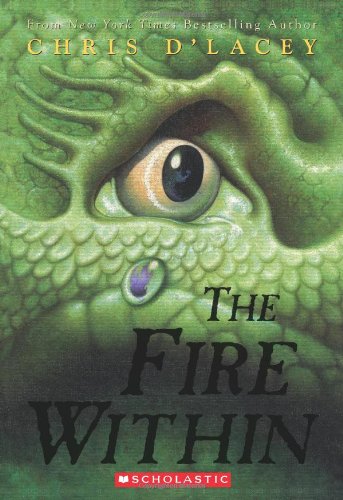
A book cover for The Fire Within; Chris D'Lacey; Children's Books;